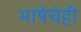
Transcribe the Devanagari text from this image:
भाषेचेही